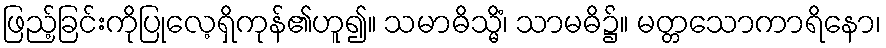
ဖြည့်ခြင်းကိုပြုလေ့ရှိကုန်၏ဟူ၍။ သမာဓိသ္မိံ၊ သာမဓိ၌။ မတ္တသောကာရိနော၊